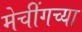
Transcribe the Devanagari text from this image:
मेचींगच्या